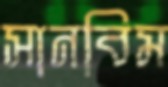
সানবিম